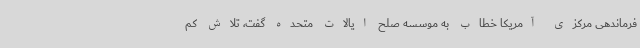
فرماندهی مرکزی آمریکا خطاب به موسسه صلح ایالات متحده گفت، تلاش کم